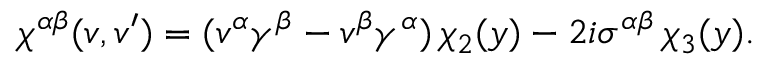
\chi ^ { \alpha \beta } ( v , v ^ { \prime } ) = ( v ^ { \alpha } \gamma ^ { \beta } - v ^ { \beta } \gamma ^ { \alpha } ) \, \chi _ { 2 } ( y ) - 2 i \sigma ^ { \alpha \beta } \, \chi _ { 3 } ( y ) .